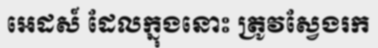
អេដស៍ ដែលក្នុងនោះ ត្រូវស្វែងរក